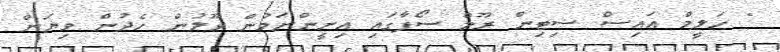
" ހަލީމް އައިސް ސިޓިން ރޫމް ސޯފާގައި އިށީންނަމުން ވޫލުން ހެދުން ވިޔަން